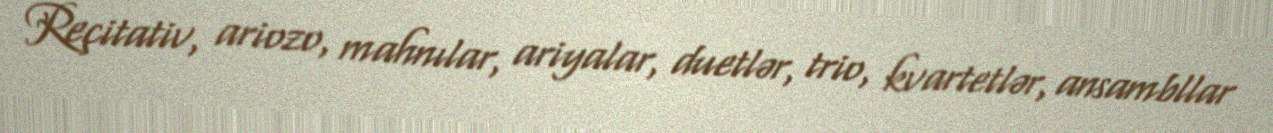
Reçitativ, ariozo, mahnılar, ariyalar, duetlər, trio, kvartetlər, ansambllar